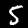
Label: 5